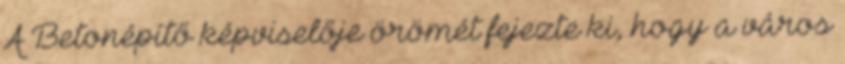
A Betonépítő képviselője örömét fejezte ki, hogy a város